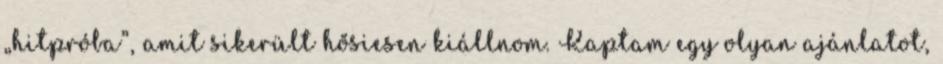
„hitpróba”, amit sikerült hősiesen kiállnom. Kaptam egy olyan ajánlatot,